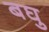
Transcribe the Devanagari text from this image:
बघु